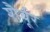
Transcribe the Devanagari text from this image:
शैर्बूर